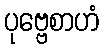
ပုဗ္ဗေစာဟံ